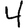
Digit: 4